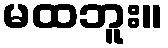
မထဘူး။